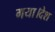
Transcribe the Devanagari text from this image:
गया।देश